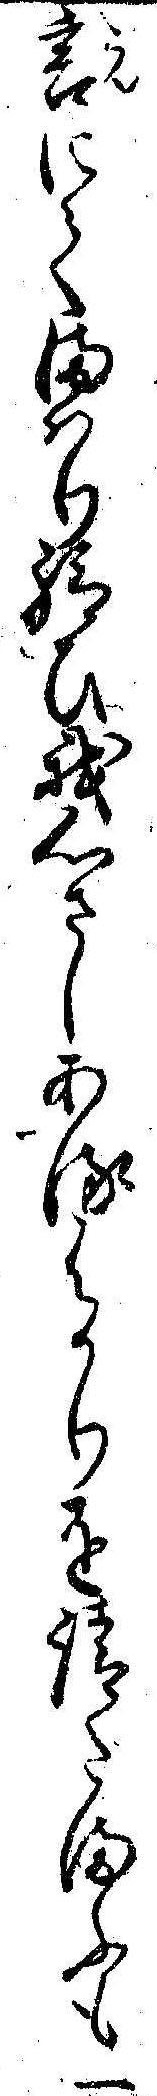
言にてまはり給ひ我心さしあるはかりを請たまふも一